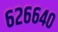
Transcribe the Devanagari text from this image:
६२६६४०